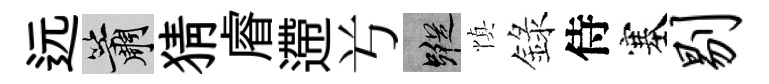
远簫猜𥈠遰𠔃蹤慎錄侍塞剔